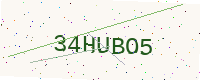
Text: 34HUBO5